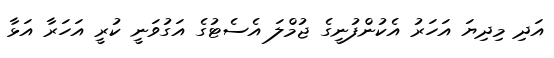
އަދި މިދިޔަ އަހަރު އެކުންފުނީގެ ޖުމްލަ އެސެޓުގެ އަގުވަނީ ކުރީ އަހަރާ އަޅާ